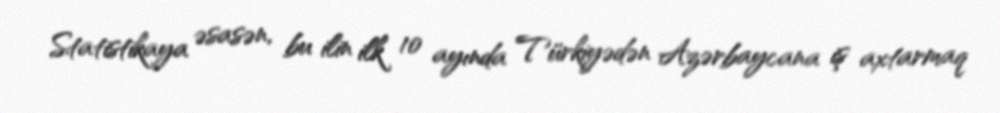
Statistikaya əsasən, bu ilin ilk 10 ayında Türkiyədən Azərbaycana iş axtarmaq